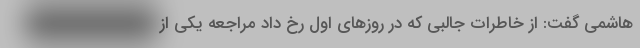
هاشمی گفت: از خاطرات جالبی که در روزهای اول رخ داد مراجعه یکی از